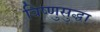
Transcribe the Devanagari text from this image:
विष्णुसुद्धा